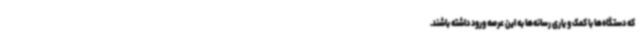
که دستگاه‌ها با کمک و یاری رسانه‌ها به این عرصه ورود داشته باشند.